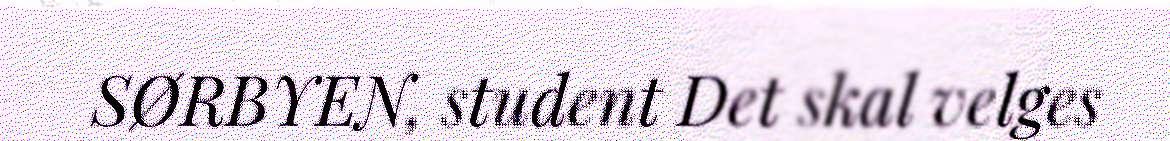
SØRBYEN, student Det skal velges